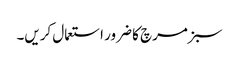
سبز مرچ کا ضرور استعمال کریں۔